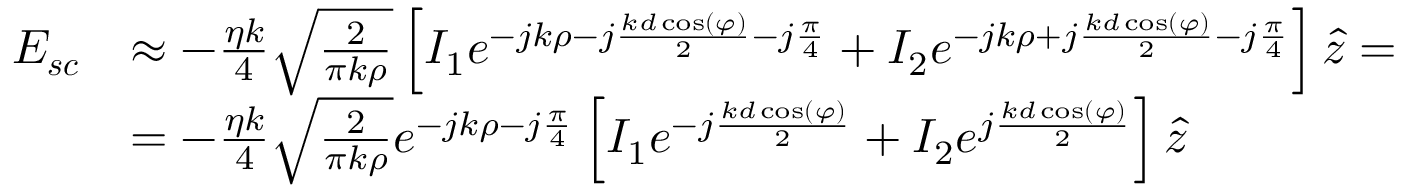
\begin{array} { r l } { \boldsymbol { E _ { s c } } } & { \approx - \frac { \eta k } { 4 } \sqrt { \frac { 2 } { \pi k \rho } } \left[ I _ { 1 } e ^ { - j k \rho - j \frac { k d \cos ( \varphi ) } { 2 } - j \frac { \pi } { 4 } } + I _ { 2 } e ^ { - j k \rho + j \frac { k d \cos ( \varphi ) } { 2 } - j \frac { \pi } { 4 } } \right] \hat { z } = } \\ & { = - \frac { \eta k } { 4 } \sqrt { \frac { 2 } { \pi k \rho } } e ^ { - j k \rho - j \frac { \pi } { 4 } } \left[ I _ { 1 } e ^ { - j \frac { k d \cos ( \varphi ) } { 2 } } + I _ { 2 } e ^ { j \frac { k d \cos ( \varphi ) } { 2 } } \right] \hat { z } } \end{array}